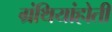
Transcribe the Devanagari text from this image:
ग्रंथियांहोती